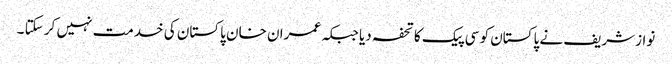
نوازشریف نے پاکستان کو سی پیک کا تحفہ دیا جبکہ عمران خان پاکستان کی خدمت نہیں کر سکتا ۔